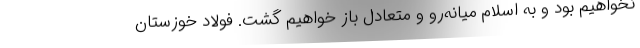
نخواهیم بود و به اسلام میانه‌رو و متعادل باز خواهیم گشت. فولاد خوزستان